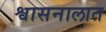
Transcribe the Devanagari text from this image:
श्वासनालात